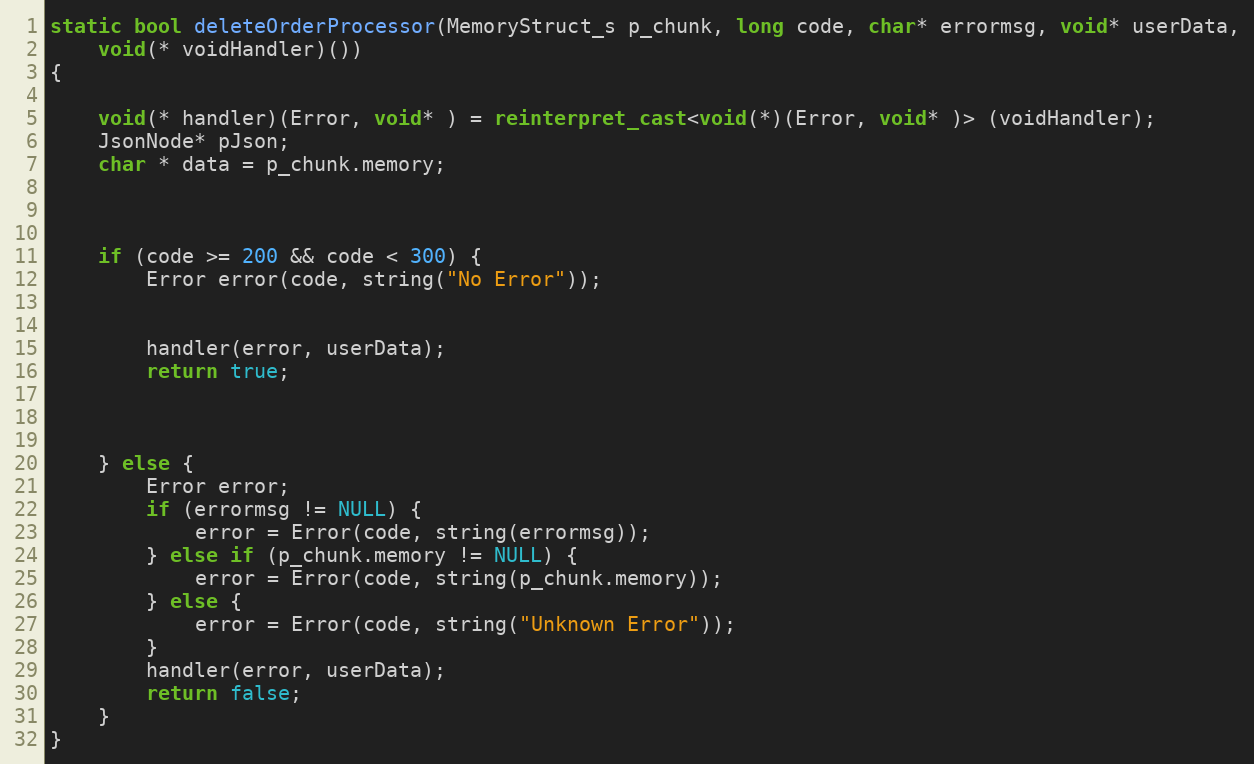
Language: C++
static bool deleteOrderProcessor(MemoryStruct_s p_chunk, long code, char* errormsg, void* userData,
	void(* voidHandler)())
{

	void(* handler)(Error, void* ) = reinterpret_cast<void(*)(Error, void* )> (voidHandler);
	JsonNode* pJson;
	char * data = p_chunk.memory;

	if (code >= 200 && code < 300) {
		Error error(code, string("No Error"));

		handler(error, userData);
		return true;

	} else {
		Error error;
		if (errormsg != NULL) {
			error = Error(code, string(errormsg));
		} else if (p_chunk.memory != NULL) {
			error = Error(code, string(p_chunk.memory));
		} else {
			error = Error(code, string("Unknown Error"));
		}
		handler(error, userData);
		return false;
	}
}